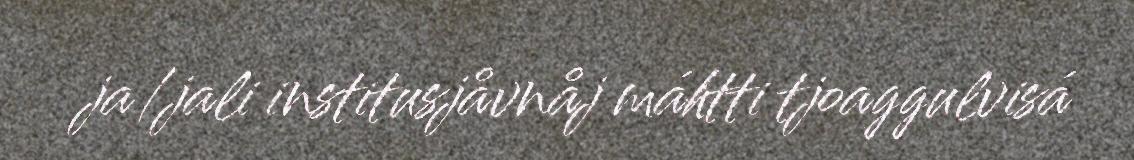
ja/jali institusjåvnåj máhtti tjoaggulvisá